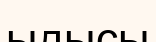
ыдысы